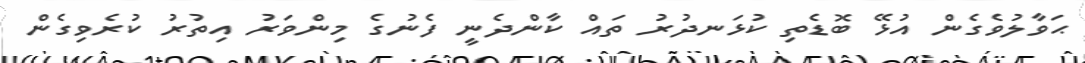
ޙަވާލުވެގެން އުޅޭ ބޮޑެތި ކުޅަނދުރު ތައް ކާންދެނީ ފެނުގެ މިންވަރު އިތުރު ކުރެވިގެން